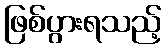
ဖြစ်ပွားရသည့်